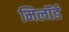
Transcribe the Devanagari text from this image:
मिलॉर्ड